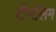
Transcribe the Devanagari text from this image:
टॅन्टॅलम